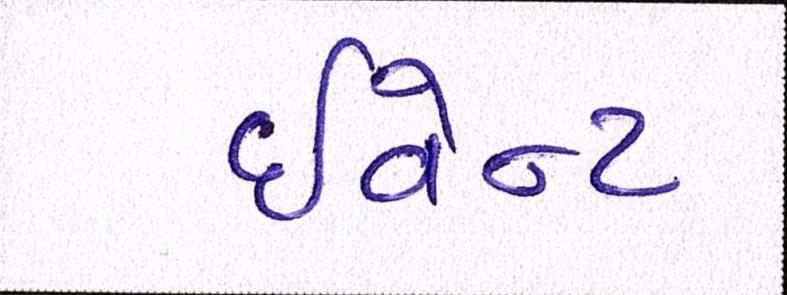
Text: ઈવેન્ટ